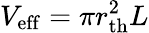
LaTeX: V_{\mathrm{eff}}=\pi r_{\mathrm{th}}^{2}L